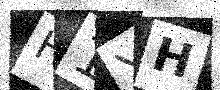
Text: H1YH